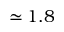
\simeq 1 . 8